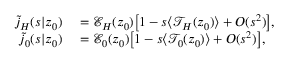
\begin{array} { r l } { \tilde { j } _ { H } ( s | z _ { 0 } ) } & { { } = \mathcal { E } _ { H } ( z _ { 0 } ) \bigl [ 1 - s \langle \mathcal { T } _ { H } ( z _ { 0 } ) \rangle + O ( s ^ { 2 } ) \bigr ] , } \\ { \tilde { j } _ { 0 } ( s | z _ { 0 } ) } & { { } = \mathcal { E } _ { 0 } ( z _ { 0 } ) \bigl [ 1 - s \langle \mathcal { T } _ { 0 } ( z _ { 0 } ) \rangle + O ( s ^ { 2 } ) \bigr ] , } \end{array}